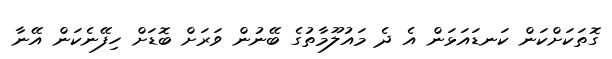
ގޮތަކަށްކަން ކަނޑައަޅަން އެ ދެ މައުލޫމާތުގެ ބޭނުން ވަރަށް ބޮޑަށް ހިފޭނެކަން އޭނާ